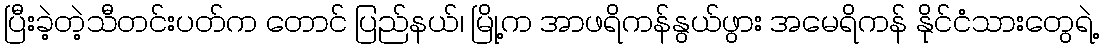
ပြီးခဲ့တဲ့သီတင်းပတ်က တောင် ပြည်နယ်၊ မြို့က အာဖရိကန်နွယ်ဖွား အမေရိကန် နိုင်ငံသားတွေရဲ့